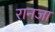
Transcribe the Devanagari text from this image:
रानजा